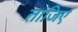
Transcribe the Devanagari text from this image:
ताजिए